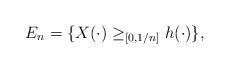
LaTeX: \begin{align*}E_n=\{ X(\cdot) \ge_{[0,1/n]} h(\cdot)\},\end{align*}